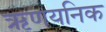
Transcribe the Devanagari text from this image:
ऋणयनिक